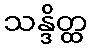
သန္ဒိတ္ထ